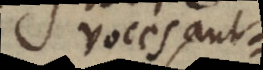
voces aut